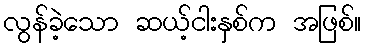
လွန်ခဲ့သော ဆယ့်ငါးနှစ်က အဖြစ်။